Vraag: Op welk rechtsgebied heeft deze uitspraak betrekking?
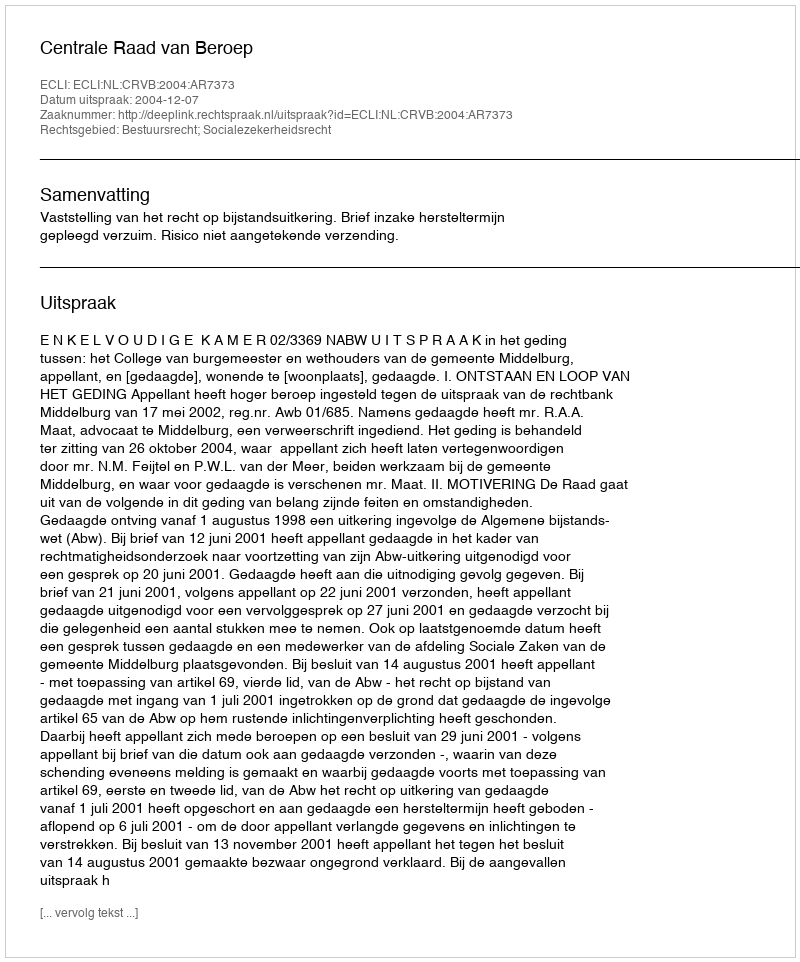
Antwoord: Bestuursrecht; Socialezekerheidsrecht